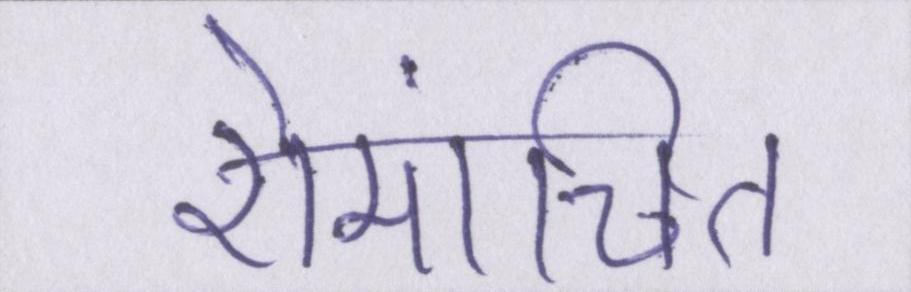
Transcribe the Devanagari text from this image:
रोमांचित